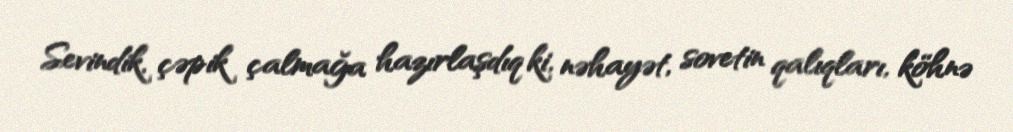
Sevindik, çəpik çalmağa hazırlaşdıq ki, nəhayət, sovetin qalıqları, köhnə